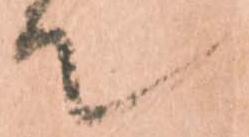
て